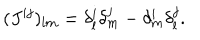
LaTeX: ( J ^ { i j } ) _ { l m } = \delta _ { l } ^ { i } \delta _ { m } ^ { j } - \delta _ { m } ^ { i } \delta _ { l } ^ { j } .